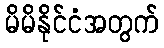
မိမိနိုင်ငံအတွက်